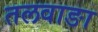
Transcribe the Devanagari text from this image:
तलवाङा